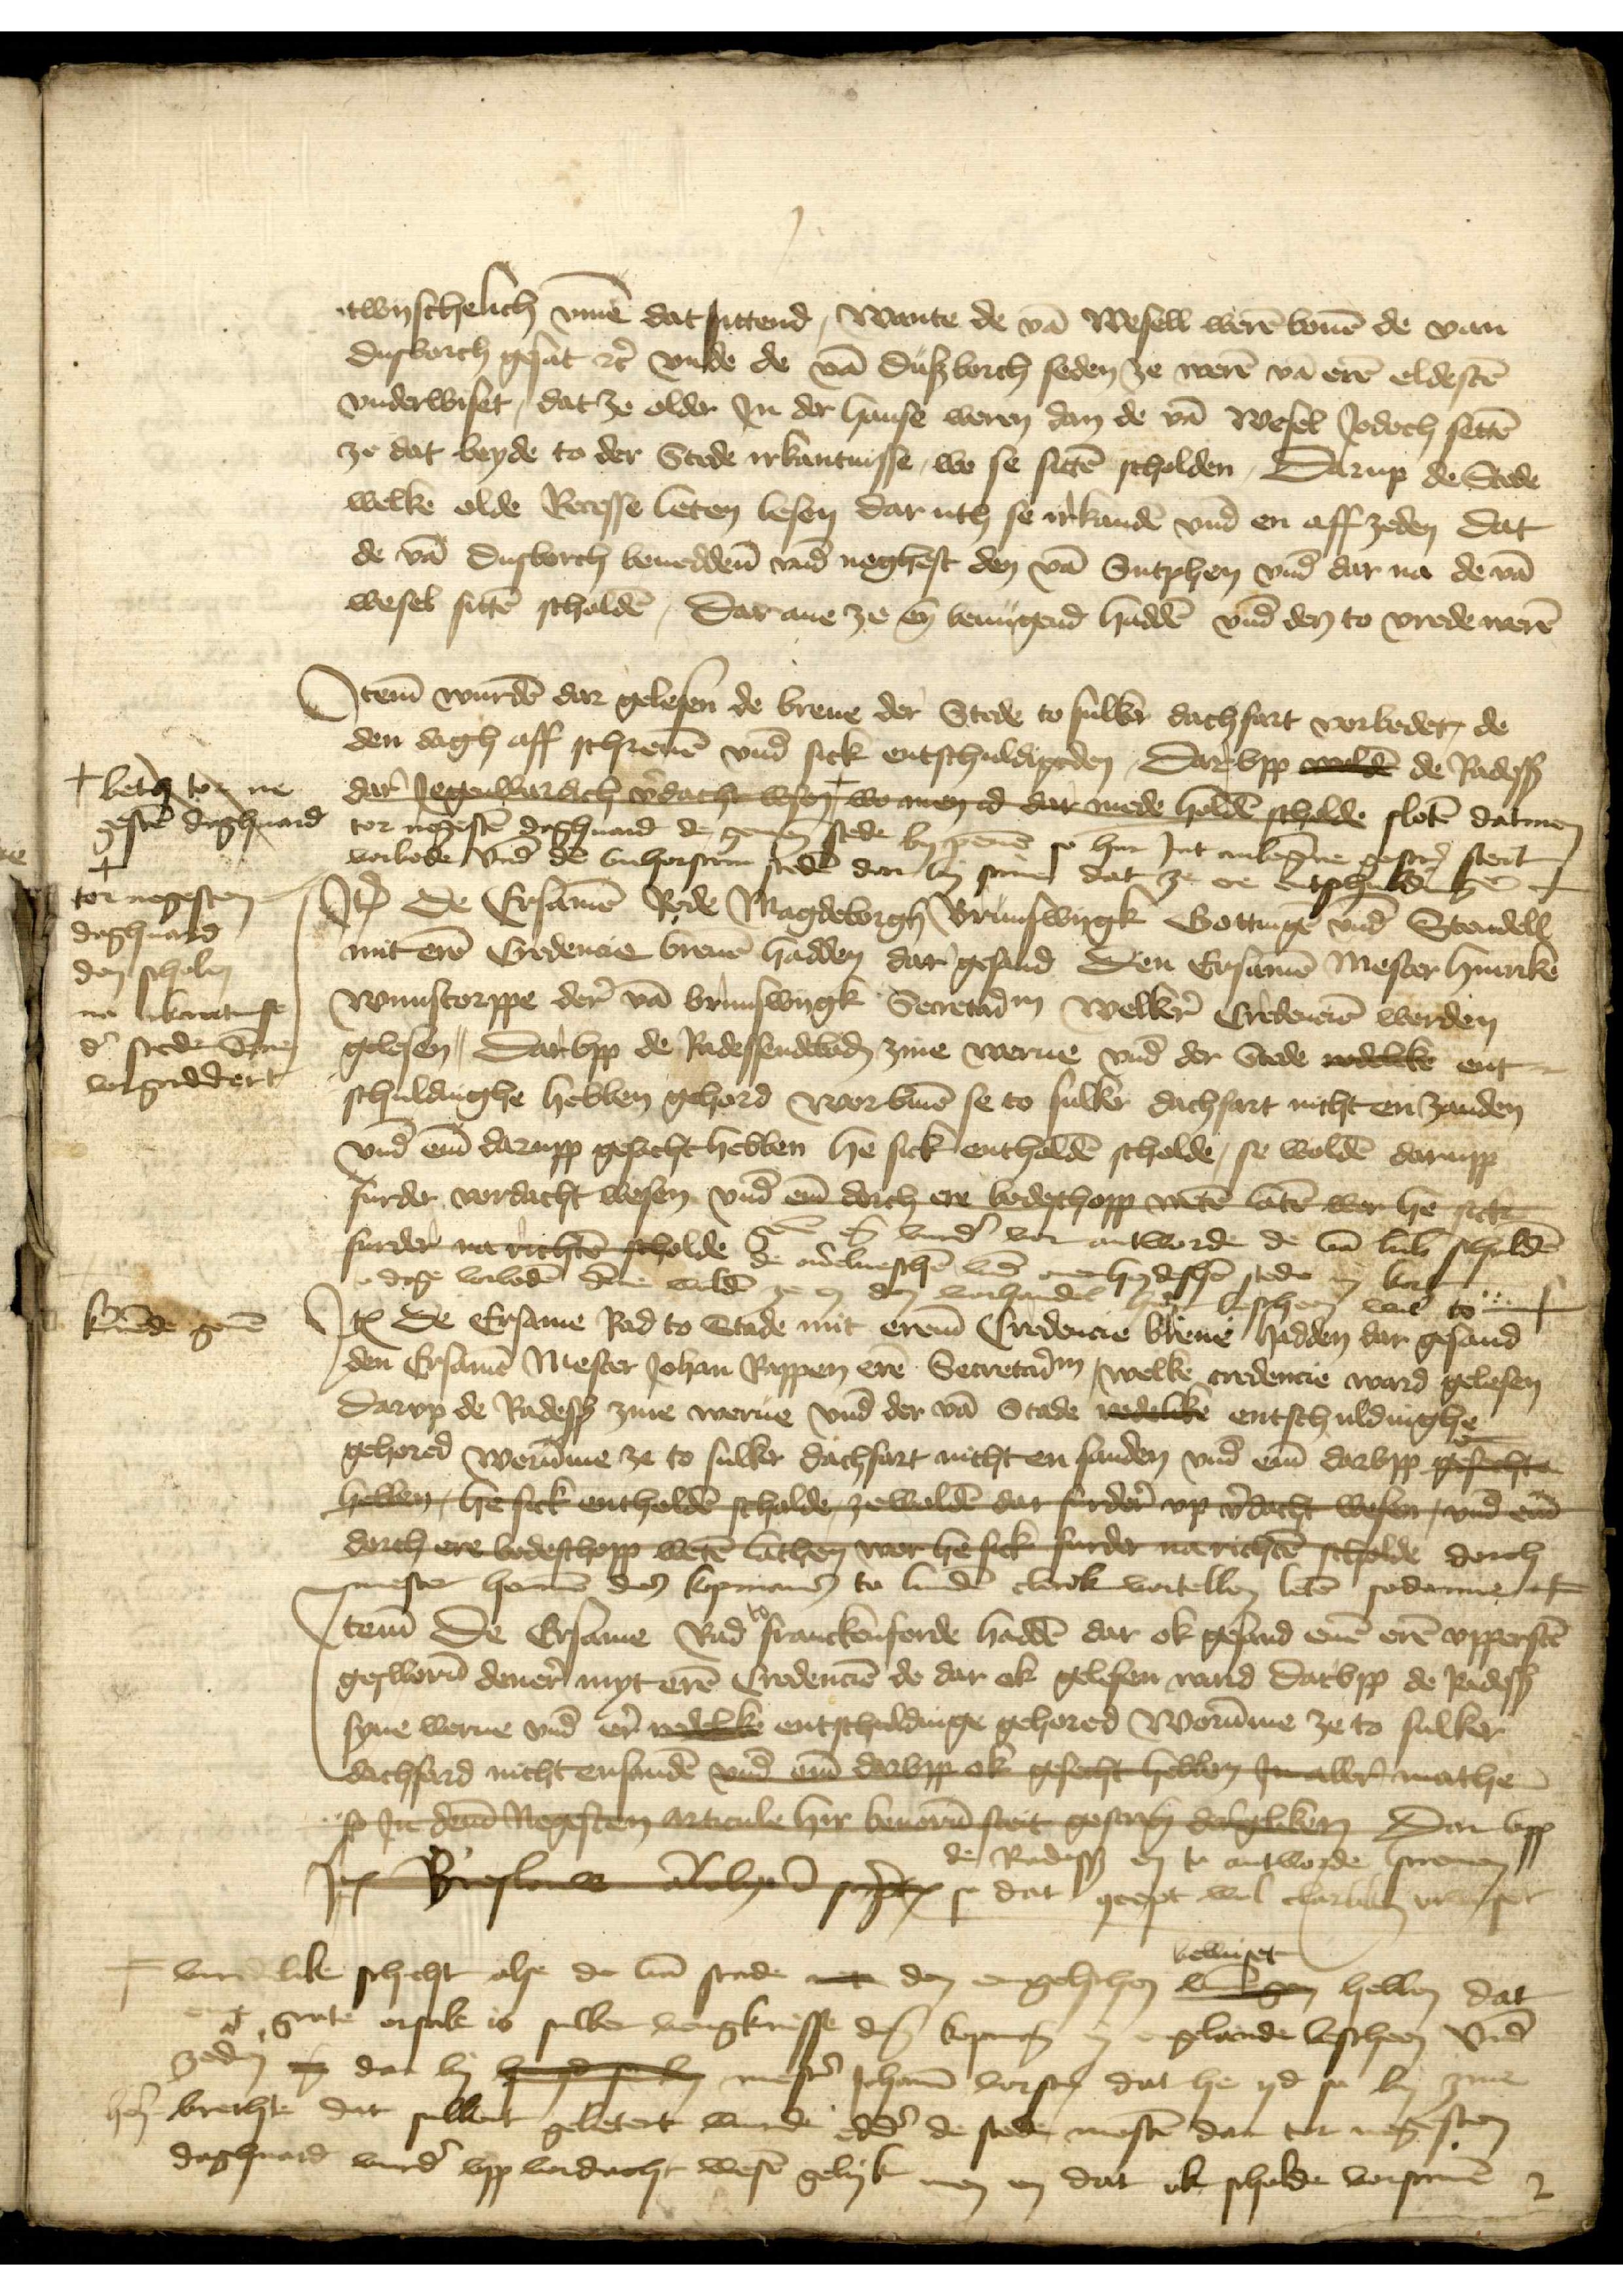
twischelich v̄me dat sittend, wante de vā Wesel werē bouē de van
Dusborch gesat et̉ vnde de vā Dusborch seden ze werē vā erē oldestē
vnderwiset, dat ze older vn Jn der hanse weren dan de vā Wesel Jodoch settē
ze dat beyde to der Stede irkentnsse, wo se sittē scholden, Darup de Stede
welke olde Recesse leten lesen dar uth se irkandē vnd en aff zeden dat
de vā Dusborch benedden̄ vnd neghest den vā Sutphen vnd dar na de vā
Wesel sittē scholdē, Dar ane ze en benugend haddē vd den to vrede werē

Jtem wurdē dar gelesen de breue der Stede to sulker dachfart vorbedet, de
den dagh aff schreuē vnd sick entschuldigen, Dar vpp ered de Radesß
dar Jegenwardich v̉dacht wesen wo men dar vede hedē schede slotē datmen
tor negestē dachuard de gemen̄ stede by penē so hir Jnt anbeḡne gescrꝬ stad
vorbode vnd de vnhorsam stedē dar by scriue dat ze ere entschuldinge +
Iꝷ de Ersamē Rede Margdeborgh Brunswygk Gottinge vnd Standell
mint erē Credencie breuē hadden dar gesand den Ersamē Mester Hinrik
Wunstorppe der vā Brunswygk Scretaỉm welkr̉ Credenciē werden
gelesen, Darvpp de Radessendeboḑ zine werue vnd der Stede andelike ent¬
schuldighe hebben gehord worv̄me se to sulkr̉ dachfart nicht en zanden
vnd em̄ darupp gesecht hebben he sick entholdē scholde, se woldē darupp
furder vordacht wesen vnd em̄ dorch er bedeschopp arē erē wer hee ech
geuē em̄ vurd̉ vor antworde de van Lub̄ scholdē
furder van richter scholden de oủelueschē vnd ouerheidischē stede in kort
dage vorbedē dēne woldē ze en den vrihandel hier bescheen wol to 
Jꝷ de Ersame Rad to Stade mit erem̄ Credencie breue hadden dar gesand
den Ersamē Mester Johan Rappen ere Secretaỉm welke credencie ward gelesen
Darvp de Radesß zine werue vnd der vā Stade edelke entschuldinghe
gehord werūme ze to sulker dachfart nicht en sanden vnd em̄ darvpp gesechte
hebben he sick entholde scholde ze woldē dar fudẻre; v̉dacht wesen vnd em
dorch ere bodeschopp wetē lathe wor he sick furde na richte scholde dorch
mester Hermē des kopmans to Lundē clerik vertellen letē sodanne F

+ bet tor ne
gesten daghuward
+
tor negesten
daguward
don scholen
na irkentnisse
d̉ stede dēne
vorgaddert

kẻuēde geuē

Jtem de Ersame Rad to Frankenforde haddē dar ok gesand enē erē vpperstē
geswor̉n dener myr erē Credenciē de dar ok gesloten ward darvpp de Radesß
syne werue vnd et̉ eddke entschuldinge gehored Worūme ze to sulker
dachfard nicht ensandē vnd ere davpp ok gesecht hebben  gesecht hebbe s machee
E sede Regesten berleher barē set geston d gelle Dar vp
de Radesß en to antworde screuen
Jꝷ Breslauw aöebeye prutzen se dat çcept wol clarliken vtwiset

F vnredelike schicht alse de vā Stade ni den engelschen bewiset hebben dat
ene grote orsake is sulker venknisse dem̄ kopmān in Engelande bescheen vnd
zeden in dar by hedel se by mest̉ Johann vorscrꝬ dat he ys so by zine
her̉ brachte dat sulket gebetet werde edd̉ de stede mostē dar tor negesten
dachuard vurd̉ vpp vordacht wesē gelyk men en dat ok scholde vorscreuē